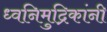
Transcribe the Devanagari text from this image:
ध्वनिमुद्रिकांनी